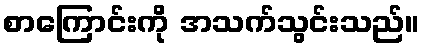
စာကြောင်းကို အသက်သွင်းသည်။